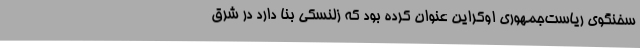
سخنگوی ریاست‌جمهوری اوکراین عنوان کرده بود که زلنسکی بنا دارد در شرق